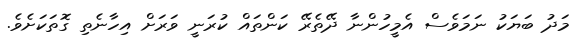
މަދު ބަޔަކު ނަމަވެސް އެމީހުންނާ ދޭތެރޭ ކަންތައް ކުރަނީ ވަރަށް އިހާނެތި ގޮތަކަށެވެ.